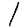
Digit: 1